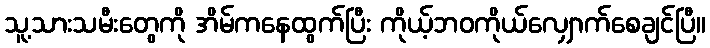
သူ့သားသမီးတွေကို အိမ်ကနေထွက်ပြီး ကိုယ့်ဘဝကိုယ်လျှောက်စေချင်ပြီ။